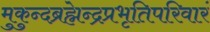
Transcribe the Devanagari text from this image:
मुकुन्दब्रह्मेन्द्रप्रभृतिपरिवारं